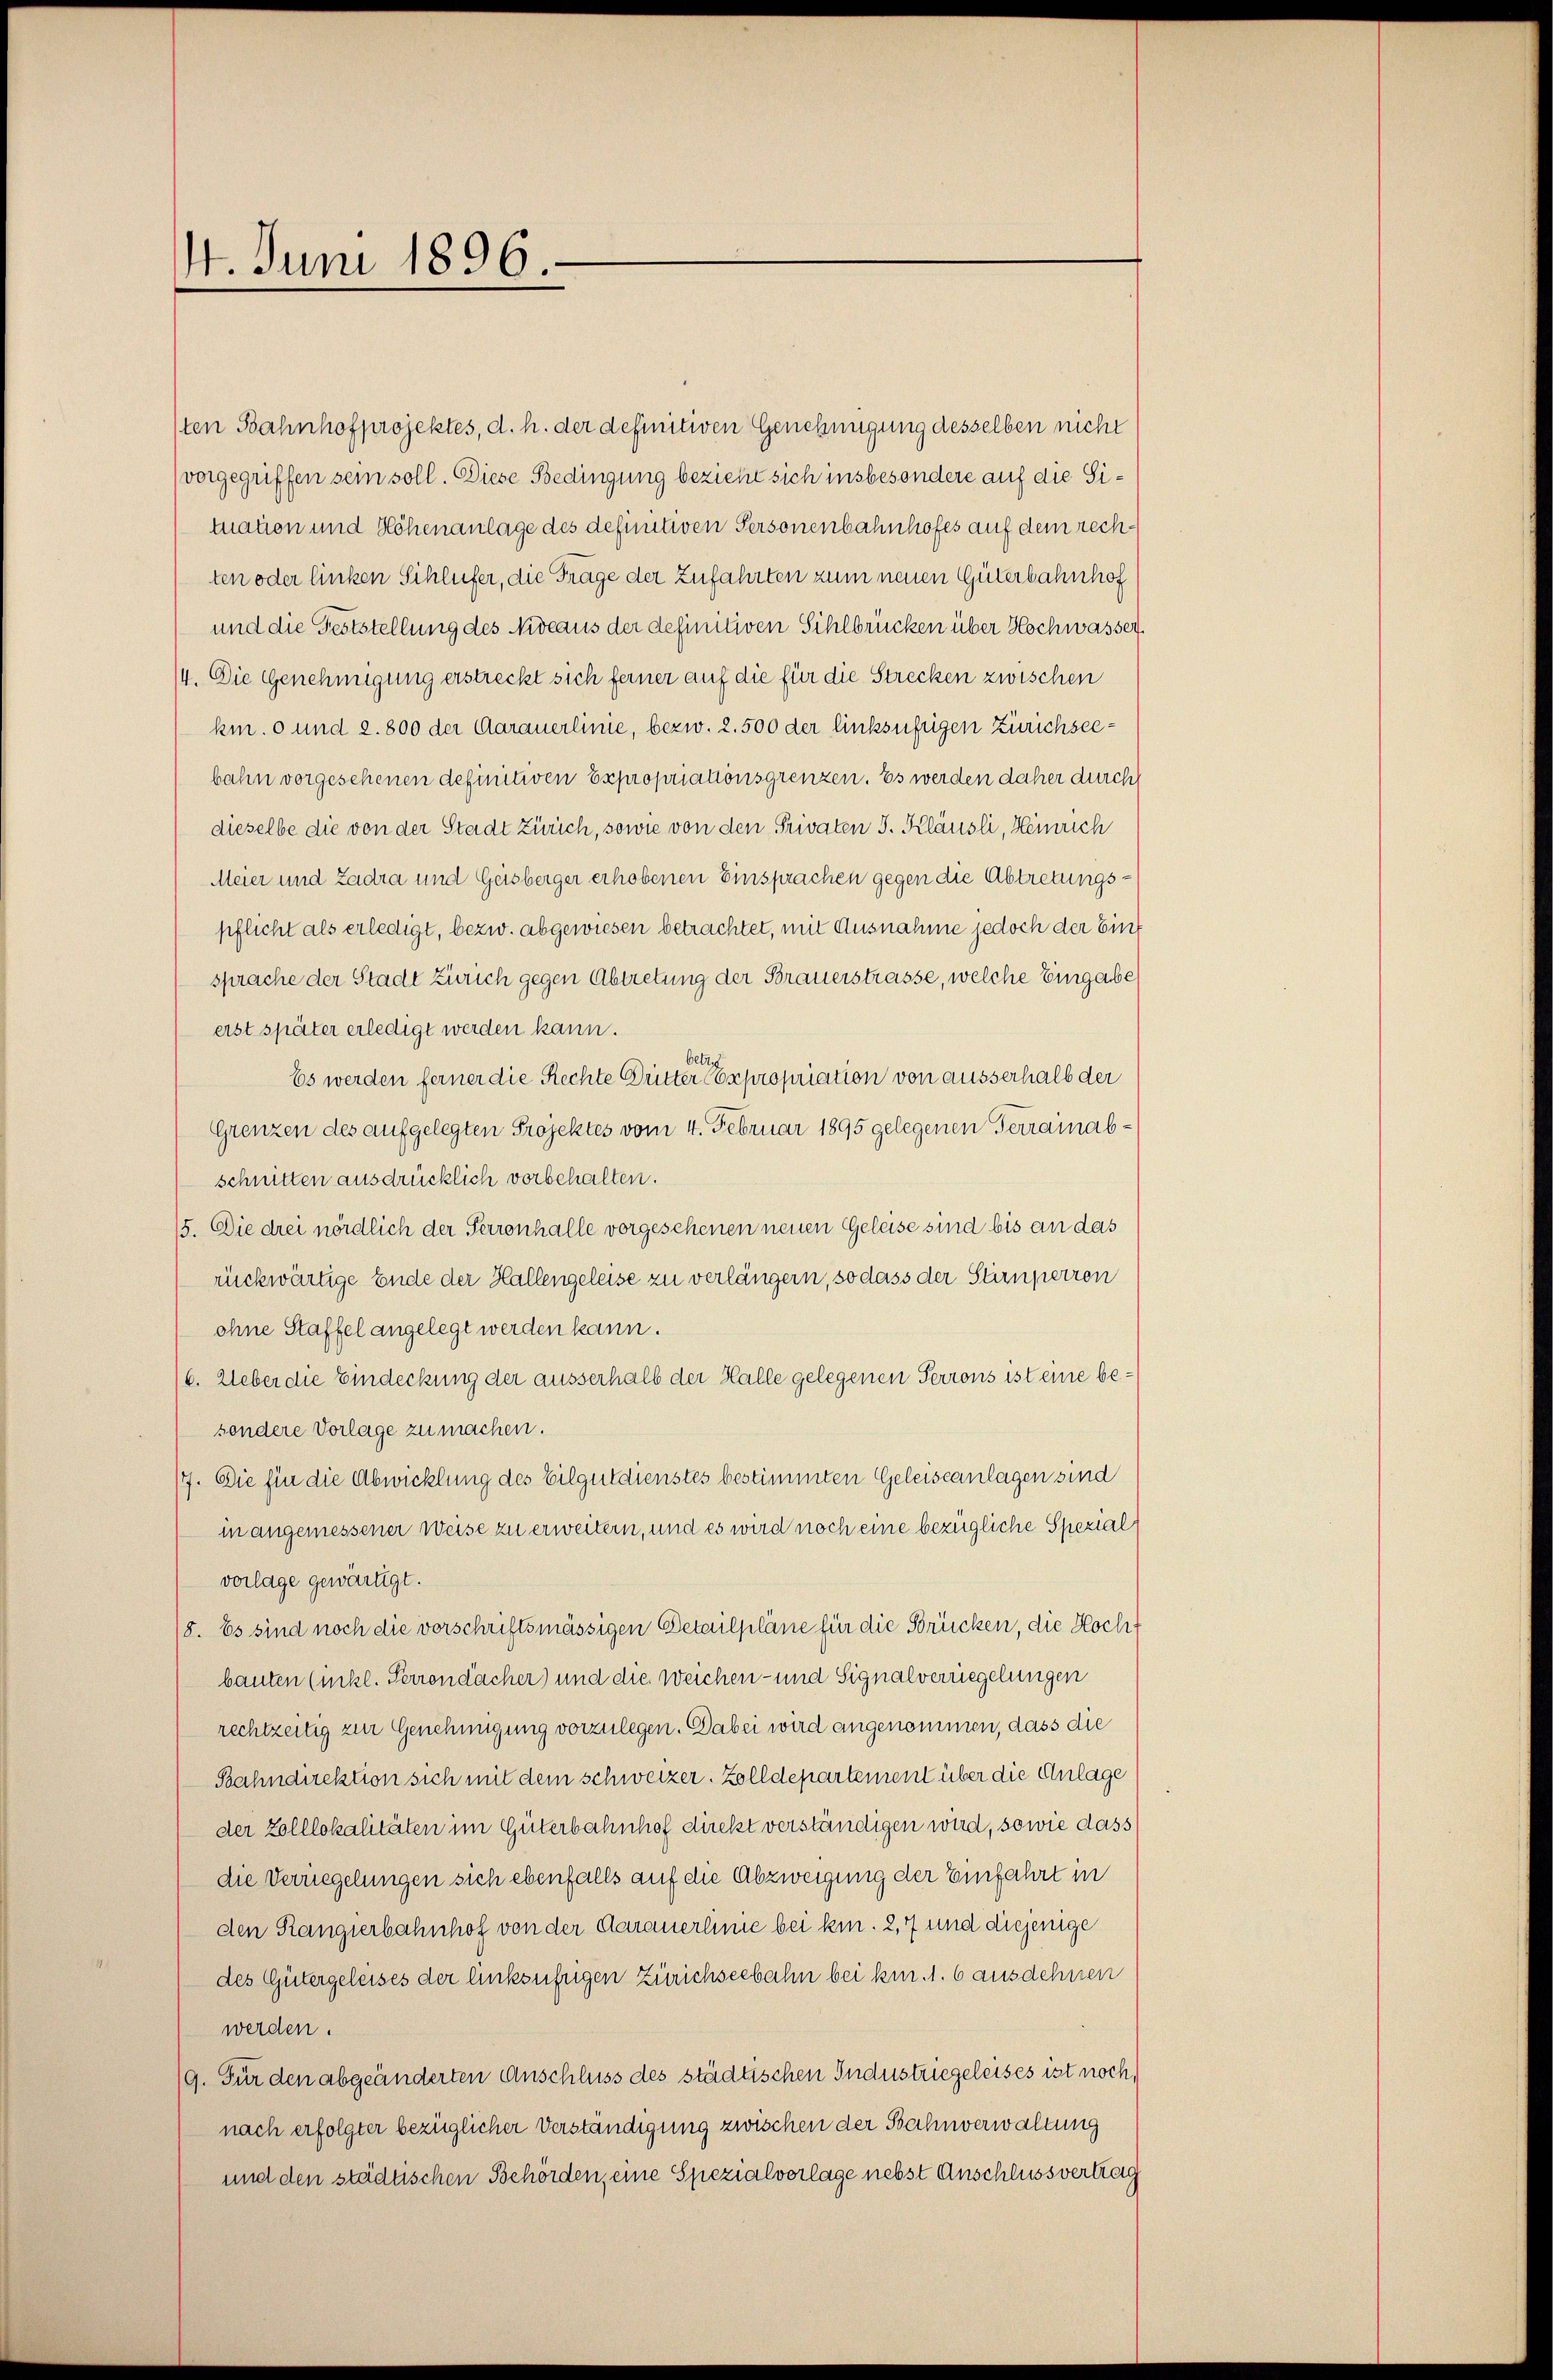
14. Juni 1896.

ten Bahnhofprojektes, d. h. der definitiven Genehmigung desselben nicht
vorgegriffen sein soll. Diese Bedingung bezieht sich insbesondere auf die Simation und Höhenanlage des definitiven Personenbahnhofes auf dem rechten oder linken Sihlufer, die Frage der Zufahrten zum neuen Güterbahnhof
und die Feststellung des Niveaus der definitiven Sihlbrücken über Hochwasser.
4. Die Genehmigung erstreckt sich ferner auf die für die Strecken zwischen
km. 0 und 2. 800 der Aarauerlinie, bezw. 2. 500 der linksufrigen Zürichseebahn vorgesehenen definitiven Expropriationsgrenzen. Es werden daher durch
dieselbe die von der Stadt Zürich, sowie von den Privaten I. Kläusli, Heinrich
Meier und Zadra und Geisberger erhobenen Einsprachen gegen die Abtretungspflicht als erledigt, bezw. abgewiesen betrachtet, mit Ausnahme jedoch der Eint
sprache der Stadt Zürich gegen Abtretung der Brauerstrasse, welche Eingabe
erst später erledigt werden kann.
betrag
Es werden ferner die Rechte Dritter Expropriation von ausserhalb der
Grenzen des aufgelegten Projektes vom 4. Februar 1895 gelegenen Terrainabschnitten ausdrücklich vorbehalten.
15. Die drei nördlich der Perronhalle vorgesehenen neuen Geleise sind bis an das
rückwärtige Ende der Hallengeleise zu verlängern, so dass der Stirnperren
ohne Staffel angelegt werden kann.
/6. Ueber die Eindeckung der ausserhalb der Halle gelegenen Perrons ist eine besondere Vorlage zu machen.
7. Die für die Abwicklung des Eilgutdienstes bestimmten Geleiseanlagen sind
in angemessener Weise zu erweitern, und es wird noch eine bezügliche Spezial
vorlage gewärtigt.
8. Es sind noch die vorschriftsmässigen Detailpläne für die Brücken, die Hocht
bauten (nikl. Perrondacher) und die weichen- und Signalverriegelungen
rechtzeitig zur Genehmigung vorzulegen. Dabei wird angenommen, dass die
Bahndirektion sich mit dem schweizer. Zolldepartement über die Anlage
der Zolllokalitäten im Güterbahnhof direkt verständigen wird, sowie dass
die Verriegelungen sich ebenfalls auf die Abzweigung der Einfahrt in
den Rangserbahnhof von der Darauerlinie bei kin. 2, 7 und diejenige
des Gütergeleises der linksufrigen Zürichseebahn bei kn. 1. 6 ausdehnen
werden.
/9. Für den abgeänderten Anschluss des städtischen Industriegeleises ist noch,
nach erfolgter bezüglicher Verständigung zwischen der Bahnverwaltung
und den städtischen Behörden, eine Spezialvorlage nebst Anschlussvertrag